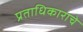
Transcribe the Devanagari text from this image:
प्रताधिकाराचे